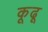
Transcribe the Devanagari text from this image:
कूढू